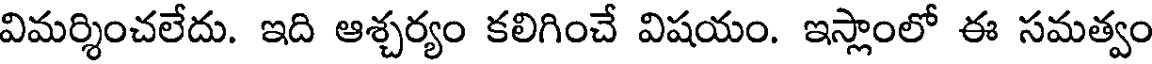
విమర్శించలేదు. ఇది ఆశ్చర్యం కలిగించే విషయం. ఇస్లాంలో ఈ సమత్వం